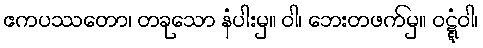
ဧကပဿတော၊ တခုသော နံပါးမှ။ ဝါ၊ ဘေးတဖက်မှ။ ဝဋ္ဋံဝါ၊